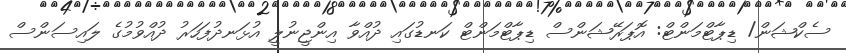
ސެކްޝަން/ ޑިޕާޓްމަންޓް: އޮޕަރޭޝަންސް ޑިޕާޓްމަންޓް ކަނޑުގައި ދުއްވާ އިންޖީނުލީ އުޅަނދުފަހަރު ދުއްވުމުގެ ލައިސަންސް